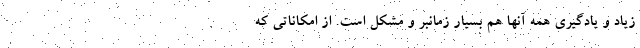
زیاد و یادگیری همه آنها هم بسیار زمانبر و مشکل است. از امکاناتی که